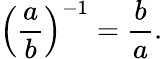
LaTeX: \left({\frac{a}{b}}\right)^{-1}={\frac{b}{a}}.